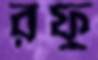
রফু